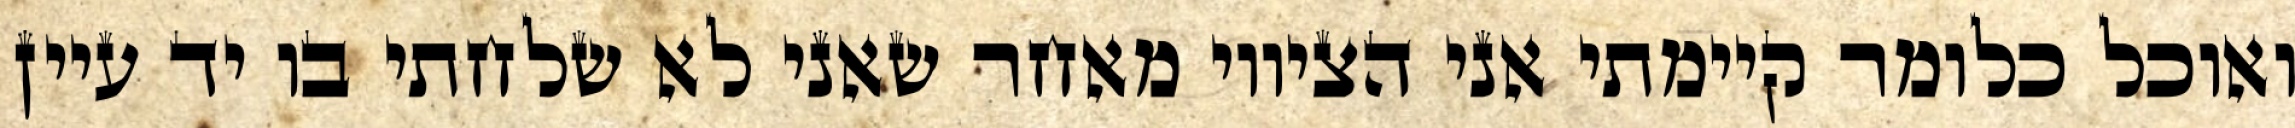
ואוכל כלומר קיימתי אני הציווי מאחר שאני לא שלחתי בו יד עיין